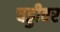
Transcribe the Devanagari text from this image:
चड्डीवर